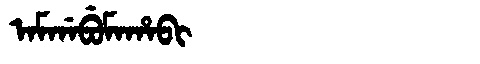
Manchu: ᠠᠮᡤᠠᠪᡠᠮᠠᡥᠠᠪᡳ
Romanization: AMGABUMAHABI